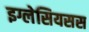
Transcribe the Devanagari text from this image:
इग्लेसियसस